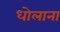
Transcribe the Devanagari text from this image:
धोलाना